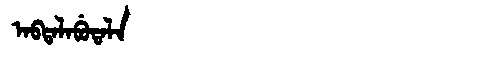
Manchu: ᠠᠪᡨᠠᠯᠠᠪᡠᡨᠠᠯᠠ
Romanization: ABTALABUTALA